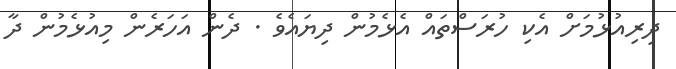
ދިރިއުޅުމަށް އެކި ހުރަސްތައް އެޅެމުން ދިޔައެވެ . ދެން އަހަރެން މިއުޅެމުން ދާ